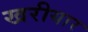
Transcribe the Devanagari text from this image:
खरीयार